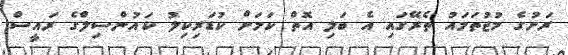
ރަށުގެ މުޖުތަމައު ތެރޭގައި އެ ބަލި އޮތް ކަމަށް ކުޑަރިކިލު ކައުންސިލްގެ ރައީސް